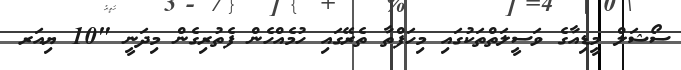
ސޯޝަލް މީޑިއާގެ ވަސީލަތްތަކުގައި މިހަފްތާ ތެރޭގައި ހުމެއްހެން ފެތުރިގެން މިދަނީ "10 ޔިއަރ